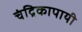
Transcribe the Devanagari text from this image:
चंद्रिकापायी